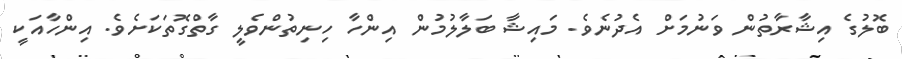
ބޮލުގެ އިޝާރާތުން ވަނުމަށް އެދުނެވެ. މައިޝާ ބަލާލުމުން އިންހާ ހިނިތުންވެލީ ގާތްގޮތަކަށެވެ. އިންހާއަކީ